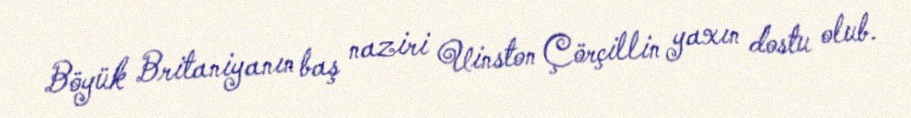
Böyük Britaniyanın baş naziri Uinston Çörçillin yaxın dostu olub.